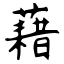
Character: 藉